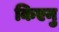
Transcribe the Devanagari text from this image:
किएनु